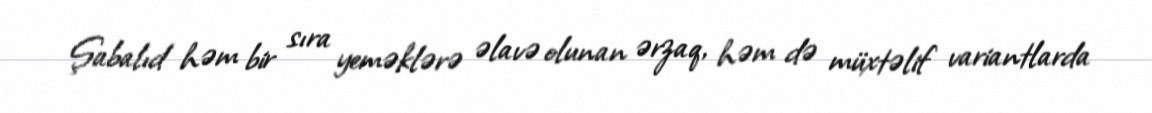
Şabalıd həm bir sıra yeməklərə əlavə olunan ərzaq, həm də müxtəlif variantlarda